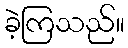
ခဲ့ကြသည်။